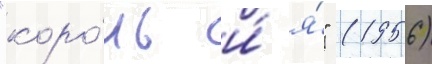
"коро́ль и́ я́" (1956)